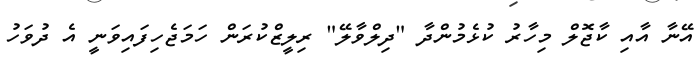
އޭނާ އާއި ކާޖޮލް މިހާރު ކުޅެމުންދާ "ދިލްވާލޭ" ރިލީޒްކުރަން ހަމަޖެހިފައިވަނީ އެ ދުވަހު